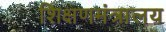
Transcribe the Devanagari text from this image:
शिक्षणमंत्रालय